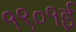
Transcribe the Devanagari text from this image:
१९०१ई